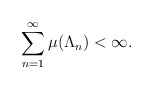
\begin{align*}\sum_{n=1}^\infty \mu(\Lambda_n)<\infty.\end{align*}